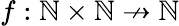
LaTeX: f:\mathbb{N}\times\mathbb{N}\not\to\mathbb{N}